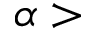
\alpha >